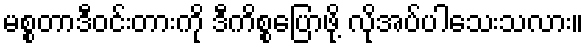
မစ္စတာဒီဝင်းတားကို ဒီကိစ္စပြောဖို့ လိုအပ်ပါသေးသလား။